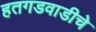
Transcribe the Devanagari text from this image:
हतगडवाडीचे